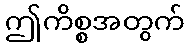
ဤကိစ္စအတွက်